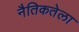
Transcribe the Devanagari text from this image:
नैतिकतेला